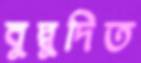
বুদ্বুদিত